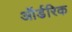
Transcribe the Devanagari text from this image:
ऑर्डरिक